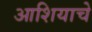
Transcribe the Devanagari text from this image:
आशियाचे